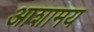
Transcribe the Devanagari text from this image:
आशामय